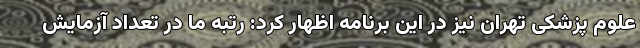
علوم پزشکی تهران نیز در این برنامه اظهار کرد: رتبه ما در تعداد آزمایش